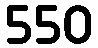
550